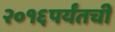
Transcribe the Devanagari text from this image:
२०१६पर्यंतची